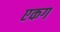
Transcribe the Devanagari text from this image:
एकग